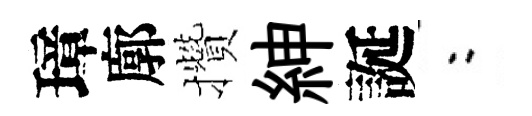
璋廓攢紳誕欸